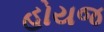
હોયજ